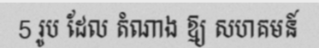
5 រូប ដែល តំណាង ឱ្យ សហគមន៍